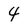
Character: 4